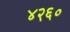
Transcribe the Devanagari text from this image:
४२६०